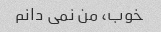
خوب، من نمی دانم